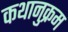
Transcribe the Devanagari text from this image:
कथानुक्रम